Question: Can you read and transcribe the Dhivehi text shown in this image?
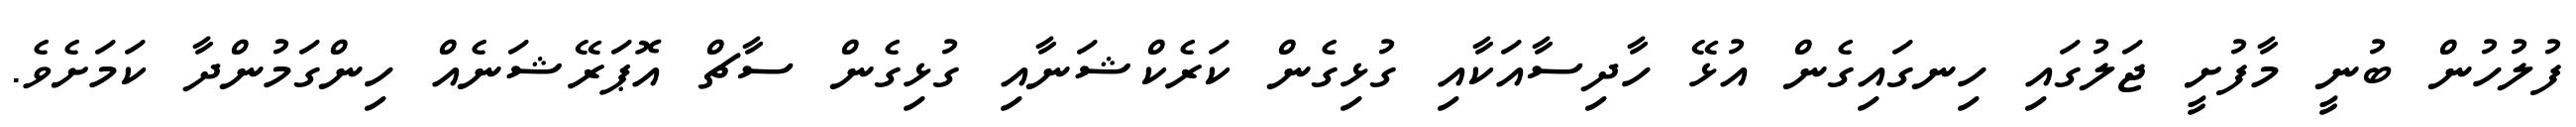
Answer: ފުލުހުން ބުނީ މާފުށީ ޖަލުގައި ހިނގައިގެން އުޅޭ ހާދިސާއަކާއި ގުޅިގެން ކަރެކްޝަނާއި ގުޅިގެން ސާޗް އޮޕަރޭޝަނެއް ހިންގަމުންދާ ކަމަށެވެ.